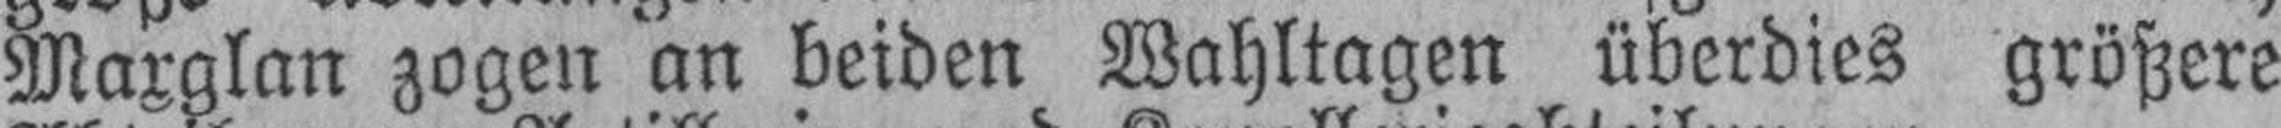
Maxglan zogen an beiden Wahltagen überdies größere